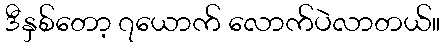
ဒီနှစ်တော့ ၇ယောက် လောက်ပဲလာတယ်။